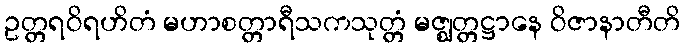
ဥတ္တရဝိရဟိတံ မဟာစတ္တာရီသကသုတ္တံ မဇ္ဈတ္တဋ္ဌာနေ ဝိဇာနာတီတိ